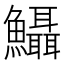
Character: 𩽪